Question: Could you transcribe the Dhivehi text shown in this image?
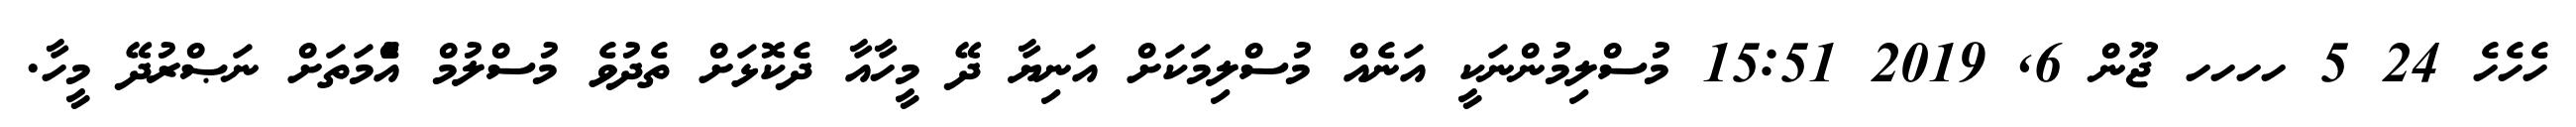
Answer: ހެހެހެ 24 5 ހހހހ ޖޫން 6, 2019 15:51 މުސްލިމުންނަކީ އަނެއް މުސްލިމަކަށް އަނިޔާ ދޭ މީހާއާ ދެކޮޅަށް ތެދުވެ މުސްލުމް އުެްމަތަށް ނަޞްރުދޭ މީހާ.